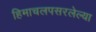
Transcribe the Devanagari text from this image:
हिमाचलपसरलेल्या